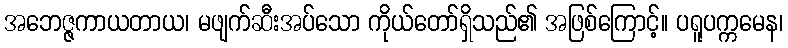
အဘေဇ္ဇကာယတာယ၊ မဖျက်ဆီးအပ်သော ကိုယ်တော်ရှိသည်၏ အဖြစ်ကြောင့်။ ပရူပက္ကမေန၊